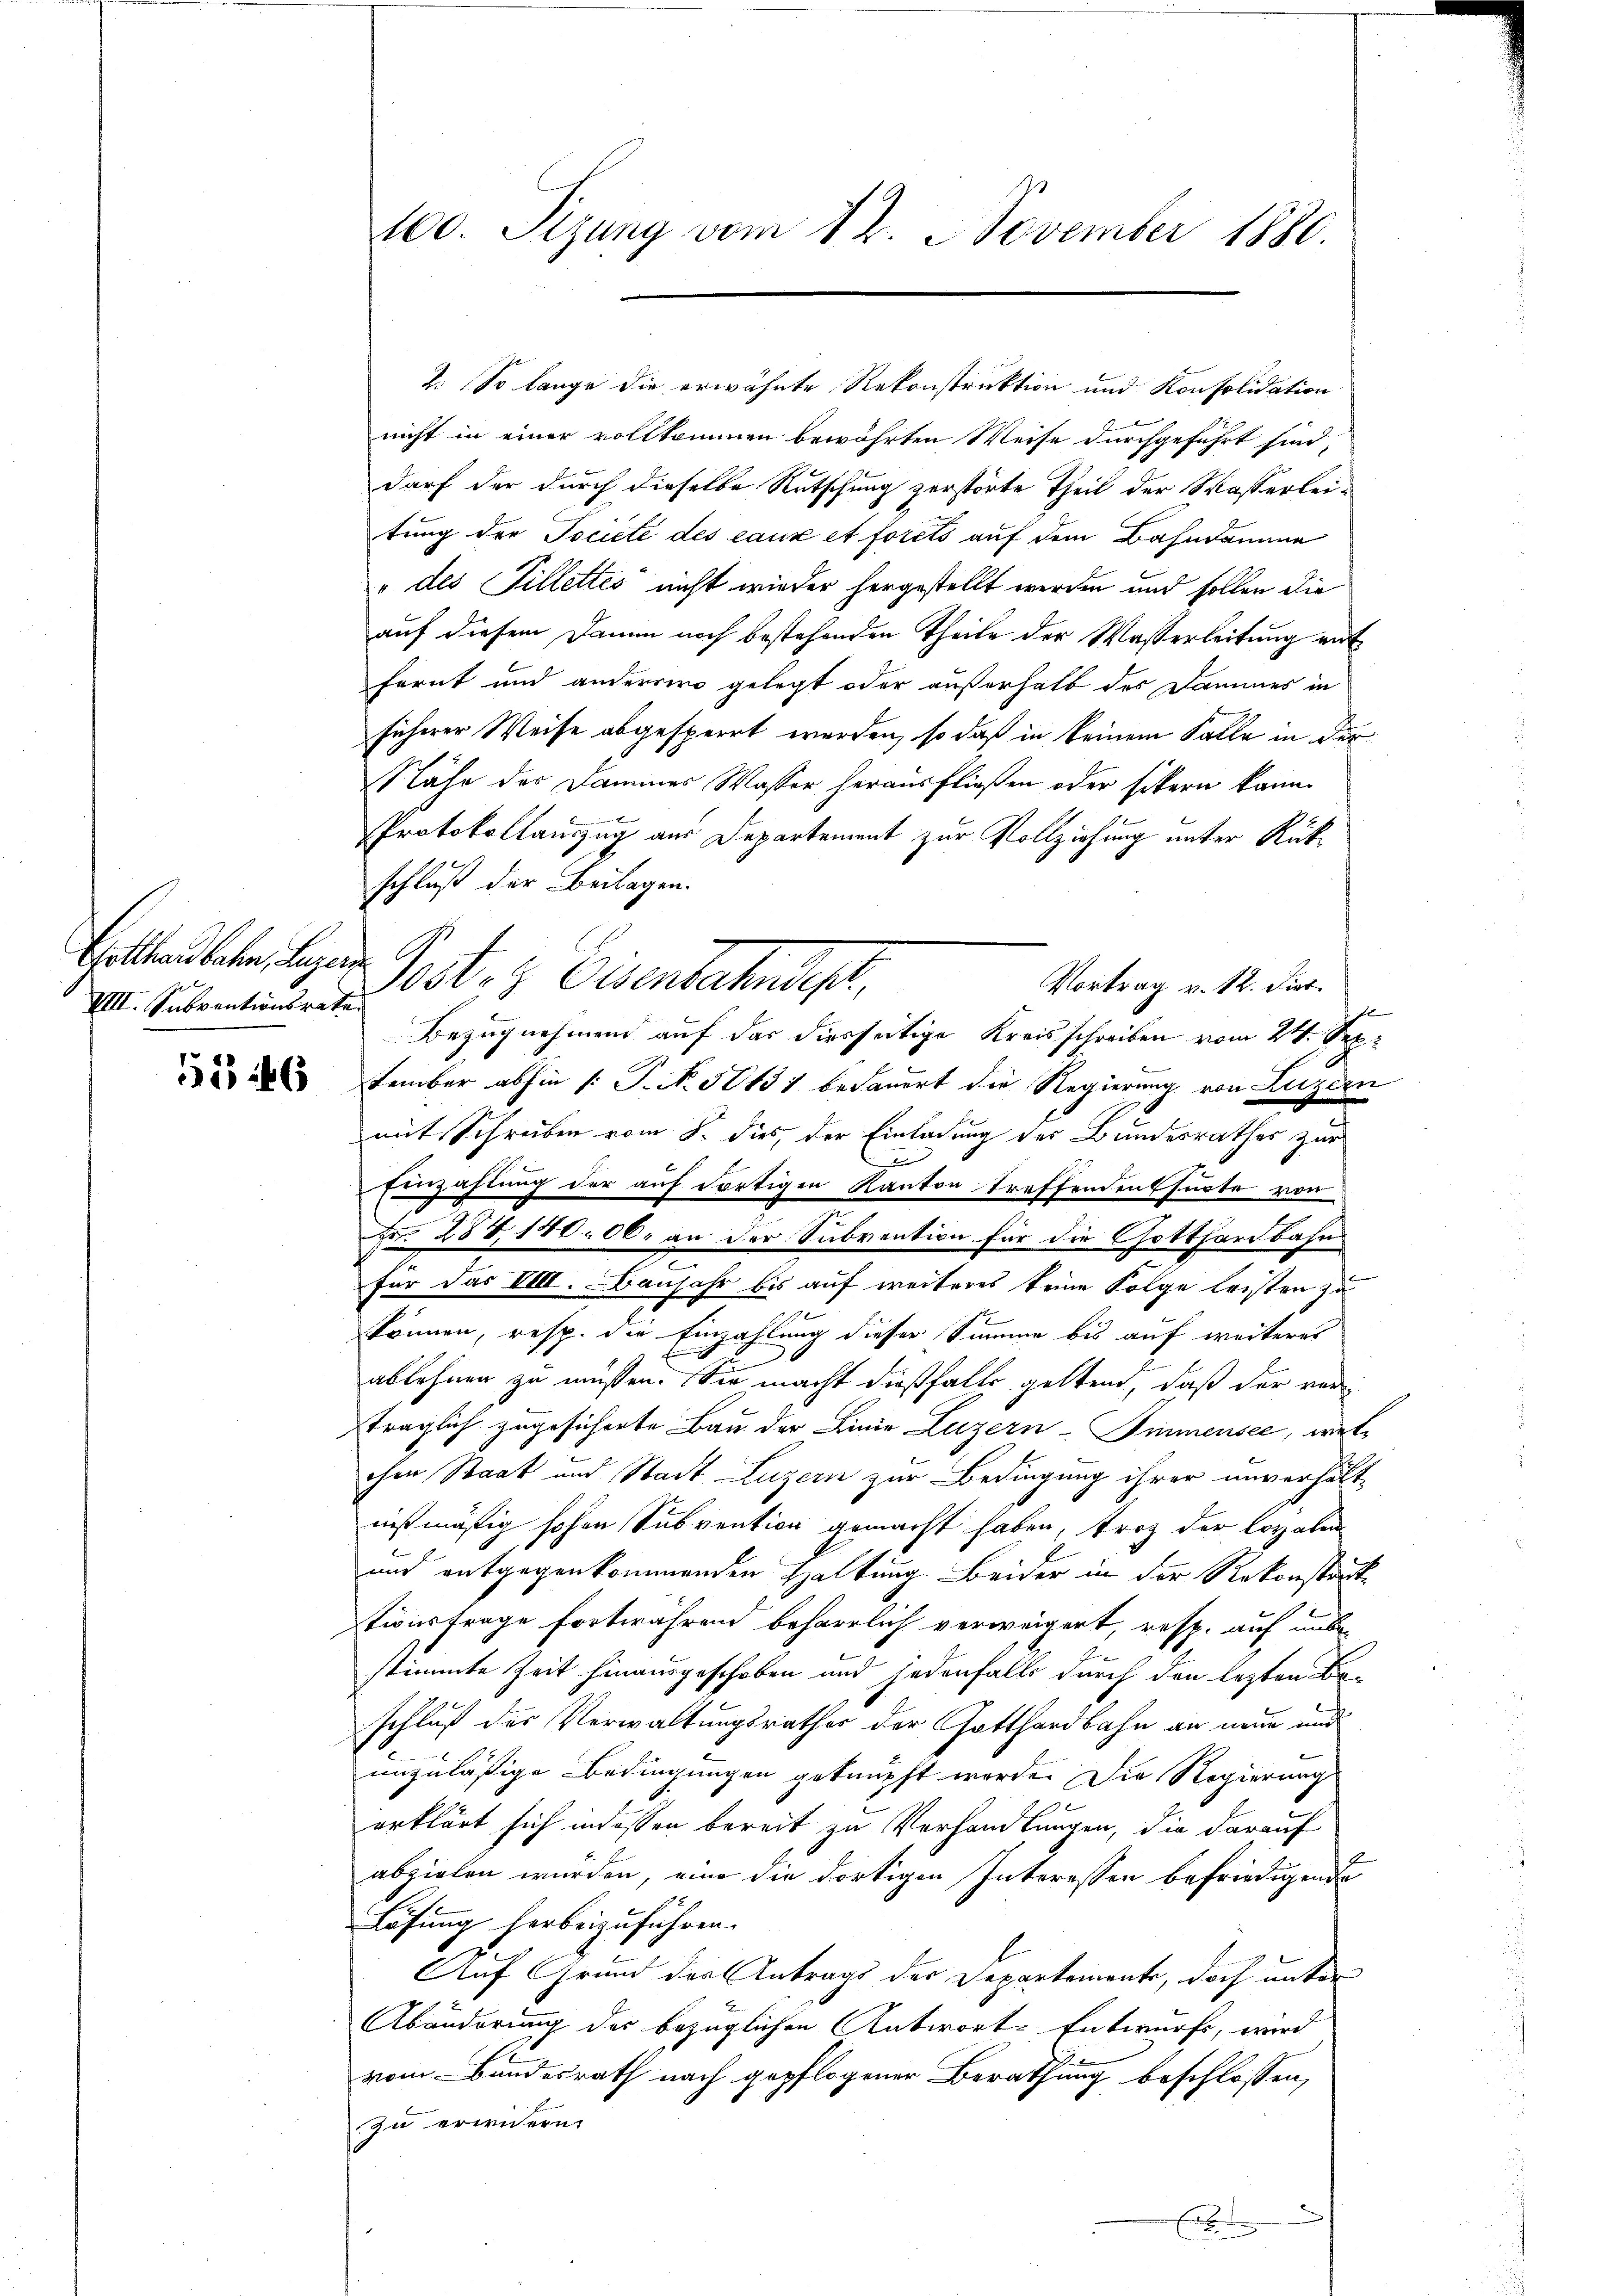
Gotthardbahn, Luzern
VIII. Subventionsrate.

5546

100. Sizung vom 12. November 1880.

2. So lange die erwähnte Rekonstruktion und Konsolidation
nicht in einer vollkommen bewährten Weise durchgeführt sind,
darf der durch dieselbe Rutschung zerstörte Theil der Wasserleitung der Tociete des eaux et forets auf dem Bahndamme
" des Tillettes nicht wieder hergestellt werden und sollen die
auf diesem Damm noch bestehenden Theile der Wasserleitung entfernt und anderrere gelegt oder außerhalb des Dammes in
sicherer Weise abgesperrt werden, so daß in keinem Falle in der
Nähe des Dammer Wasser herausfließen oder sitern kann.
x
Protokollauszug aus Departement zur Vollziehung unter Rükschluß der Beilagen.
Bezugnehmend auf der diesseitige Kreisschreiben vom 24. September abhin /: P. N. 50151 bedauert die Regierung von Luzern
mit Schreiben vom 8. dies, der Einladung der Bundesrathes zur
Einzahlung der auf dortigen Kanton treffenden suste von
Fr. 288, 140. 06. an der Subvention für die Gotthardbahn
für das VIII. Banjahr bis auf weiteres keine Folge leisten zu
1x
können, resp. die Einzahlung dieser Summe bis auf weiteres
ablehnen zu müssen. Sie macht dießfalls geltend, daß der versträglich zugesicherte Bau der Linie Luzern-Immensee, welchen Staat und Stadt Luzern zur Bedingung ihrer unverhält-
nstmäßig hohen Subvention gemacht haben, trotz der Coralen
und entgegenkommenden Haltung beider in der Rekonsteck
tionsfrage fortwährend beharrlich verweigert, resp. auf unbe-
stimmte Zeit hinausgeschoben und jedenfalls durch den lezten Beschluß der Verwaltungsrathes der Gotthardbahn an neue und
unzuläßige Bedingungen geknüpft werde. Die Regierung
erklärt sich indessen bereit zu Verhandlungen, die darauf
abzielen wurden, eine die dortigen Interessen befriedigende
Lösung herbeizuführen.
Auf Grund der Antrags der Departemente, doch unter
Abänderung des bezüglichen Antwort-Entwurf, wird
vom Bundesrath nach gepflogener Berathung beschlossen,
zu erwidern.

ost- & Eisenbachendigt,
Vortrag v. 12. Diert.